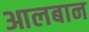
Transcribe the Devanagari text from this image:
आलबान